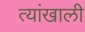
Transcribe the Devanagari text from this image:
त्यांखाली